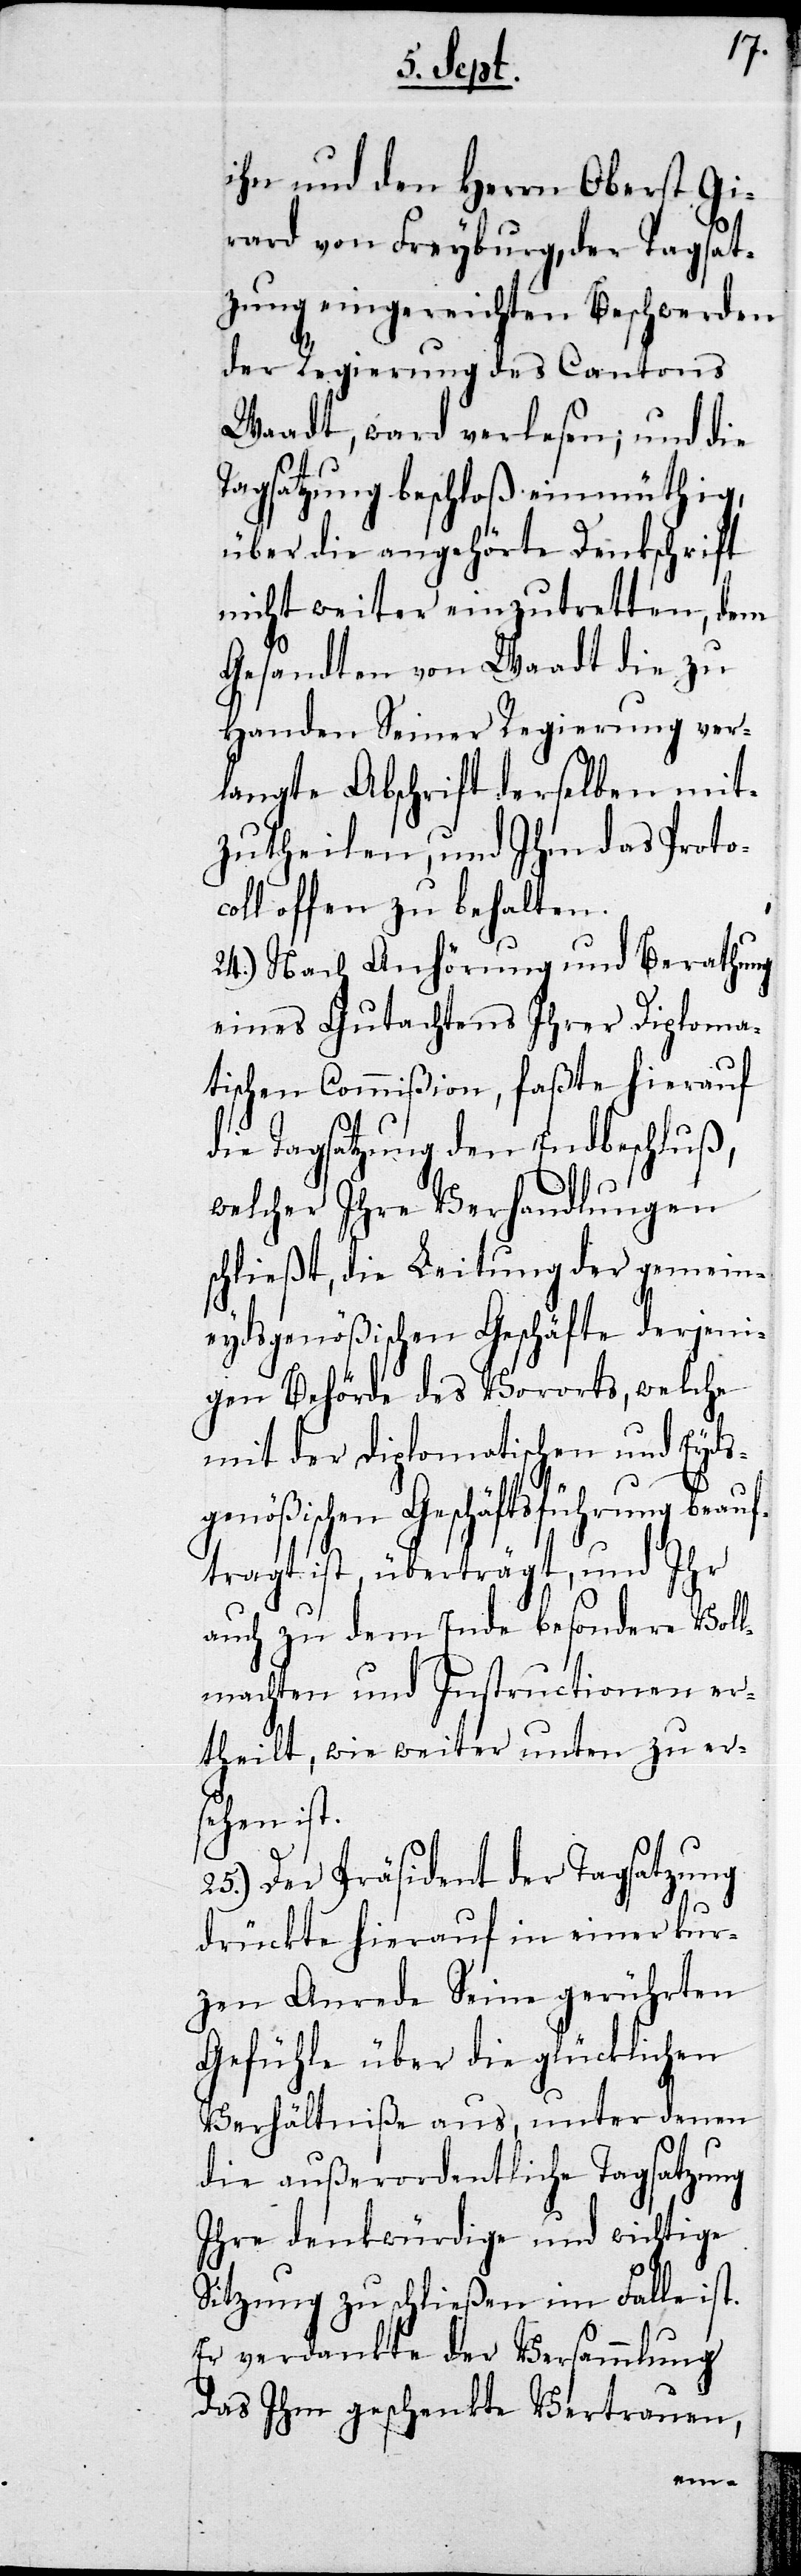
ihn und den Herrn Oberst Gi¬
rard von Freyburg, der Tagsat¬
zung eingereichten Beschwerden
der Regierung des C¬
Waadt, ward verlesen; und die
Tagsatzung beschloß einmüthig,
über die angehörte Denkschrift
nicht weiter einzutretten, dem
Gesandten von Waadt die zu
g ver¬
Handen Seiner Regier¬
mit¬
langte Abschrift der¬
zutheilen, und Ihm das Proto¬
coll offen zu behalten.
lun¬
24.) Nach Anhörung
eines Gutachtens Ihrer Diploma¬
tischen Commißion, faßte hierauf
die Tagsatzung den Endbeschluß,
welcher Ihre Verhand¬
schließt, die Leitung
derjeni¬
eydsgenößischen Geschäf¬
che
gen Behörde des Voror¬
mit der diplomatischen und Eyds¬
genößischen Geschäftsführung beauf¬
tragt ist, überträgt, und Ihr
auch zu dem Ende besondere Voll¬
machten und Instructionenen er¬
theilt, wie weiter unter zu ers¬
ehen ist.
25.) Der Präsident der Tagsatzung
drückte hierauf in einer kur¬
zen Anrede seine gerührten
Gefühle über die glücklichen
Verhältniße aus, unter denen
die außerordentliche Tagsatzung
Ihre denkwürdige und wichtige
Sitzung zu schließen im Falle ist.
Er verdankte der Versammlung
das Ihm geschenkte Vertrauen,
wel¬